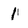
Character: 1